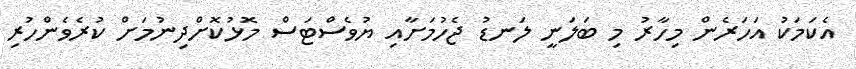
އެކަމަކު އަހަރެން މިހާރު މި ބަލަނީ ލަނޑު ޖެހުމަށާއި ޔުވެސްޓަސް މޮޅުކޮށްދިނުމަށް ކުރެވެންހުރި